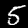
Label: 5